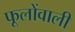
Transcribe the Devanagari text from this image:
फूलोंवाली